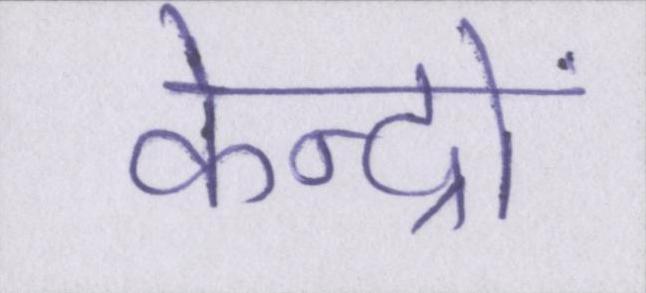
केन्द्रों